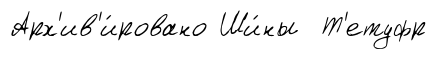
Арх'ив'и́ровано Ши́ны Т'етуфр